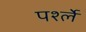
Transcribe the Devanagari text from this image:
पर्श्ले